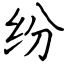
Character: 纷